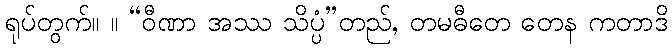
ရုပ်တွက်။ ။ “ဝီဏာ အဿ သိပ္ပံ”တည်, တမဓီတေ တေန ကတာဒိ